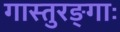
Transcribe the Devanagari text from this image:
गास्तुरङ्गाः